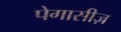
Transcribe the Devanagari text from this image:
पेगासीज़